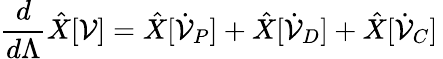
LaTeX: \frac{d}{d\Lambda}\hat{X}[\mathcal V]=\hat{X}[\dot{\mathcal V}_{P}]+\hat{X}[\dot{\mathcal V}_{D}]+\hat{X}[\dot{\mathcal V}_{C}]\,